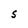
Character: S